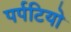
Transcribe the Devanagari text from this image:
पर्पटियो